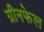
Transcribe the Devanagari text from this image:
ग्रीनफेल